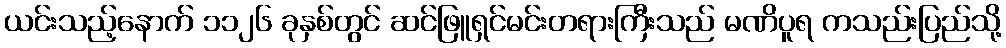
ယင်းသည့်နောက် ၁၁၂၆ ခုနှစ်တွင် ဆင်ဖြူရှင်မင်းတရားကြီးသည် မဏိပူရ ကသည်းပြည်သို့